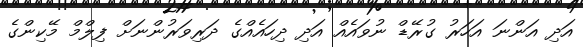
އަދި އަންނަ އަހަރު ގުރޭޑް ނުވައެއް އަދި ދިހައެއްގެ ދަރިވަރުންނަށް ފިލްމް މޭކިންގެ